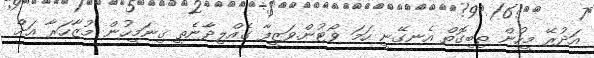
އަދުރޭ މީހުން ތިބިގޮތް އެނގޭނީ ހަމަ ޥޯޓުން.ވަޒީފާ ގެއްލިދާނެތީ ގިނަމީހުން މުޒާހަރާ އަށް